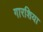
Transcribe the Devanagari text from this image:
गारशिया